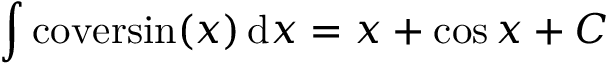
\int \mathrm { c o v e r s i n } ( x ) \, \mathrm { d } x = x + \cos { x } + C